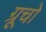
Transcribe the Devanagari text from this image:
ग्रूचो